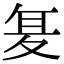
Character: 𭐥